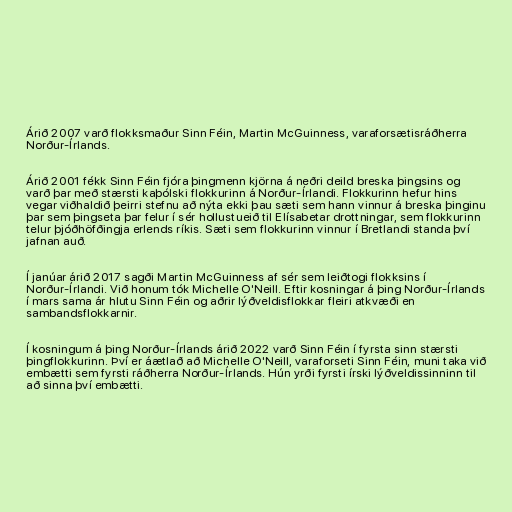
Árið 2007 varð flokksmaður Sinn Féin, Martin McGuinness, varaforsætisráðherra
Norður-Írlands.

Árið 2001 fékk Sinn Féin fjóra þingmenn kjörna á neðri deild breska þingsins og
varð þar með stærsti kaþólski flokkurinn á Norður-Írlandi. Flokkurinn hefur hins
vegar viðhaldið þeirri stefnu að nýta ekki þau sæti sem hann vinnur á breska þinginu
þar sem þingseta þar felur í sér hollustueið til Elísabetar drottningar, sem flokkurinn
telur þjóðhöfðingja erlends ríkis. Sæti sem flokkurinn vinnur í Bretlandi standa því
jafnan auð.

Í janúar árið 2017 sagði Martin McGuinness af sér sem leiðtogi flokksins í
Norður-Írlandi. Við honum tók Michelle O'Neill. Eftir kosningar á þing Norður-Írlands
í mars sama ár hlutu Sinn Féin og aðrir lýðveldisflokkar fleiri atkvæði en
sambandsflokkarnir.

Í kosningum á þing Norður-Írlands árið 2022 varð Sinn Féin í fyrsta sinn stærsti
þingflokkurinn. Því er áætlað að Michelle O'Neill, varaforseti Sinn Féin, muni taka við
embætti sem fyrsti ráðherra Norður-Írlands. Hún yrði fyrsti írski lýðveldissinninn til
að sinna því embætti.